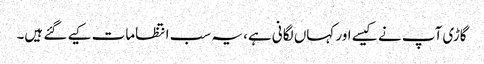
گاڑی آپ نے کیسے اور کہاں لگانی ہے، یہ سب انتظامات کیے گئے ہیں۔